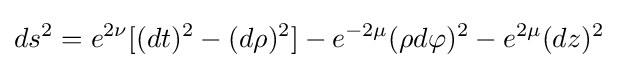
ds^{2}=e^{2\nu }[(dt)^{2}-(d\rho )^{2}]-e^{-2\mu }(\rho d\varphi )^{2}-e^{2\mu }(dz)^{2}